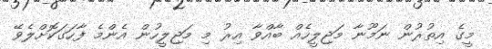
މީގެ އިތުރުން ނަމޫނާ މަޖިލީހެއް ބާއްވާ އިރު މި މަޖިލީހުން އެންމެ ފާހަގަކޮށްލެވޭ